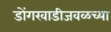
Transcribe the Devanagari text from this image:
डोंगरवाडीजवळच्या